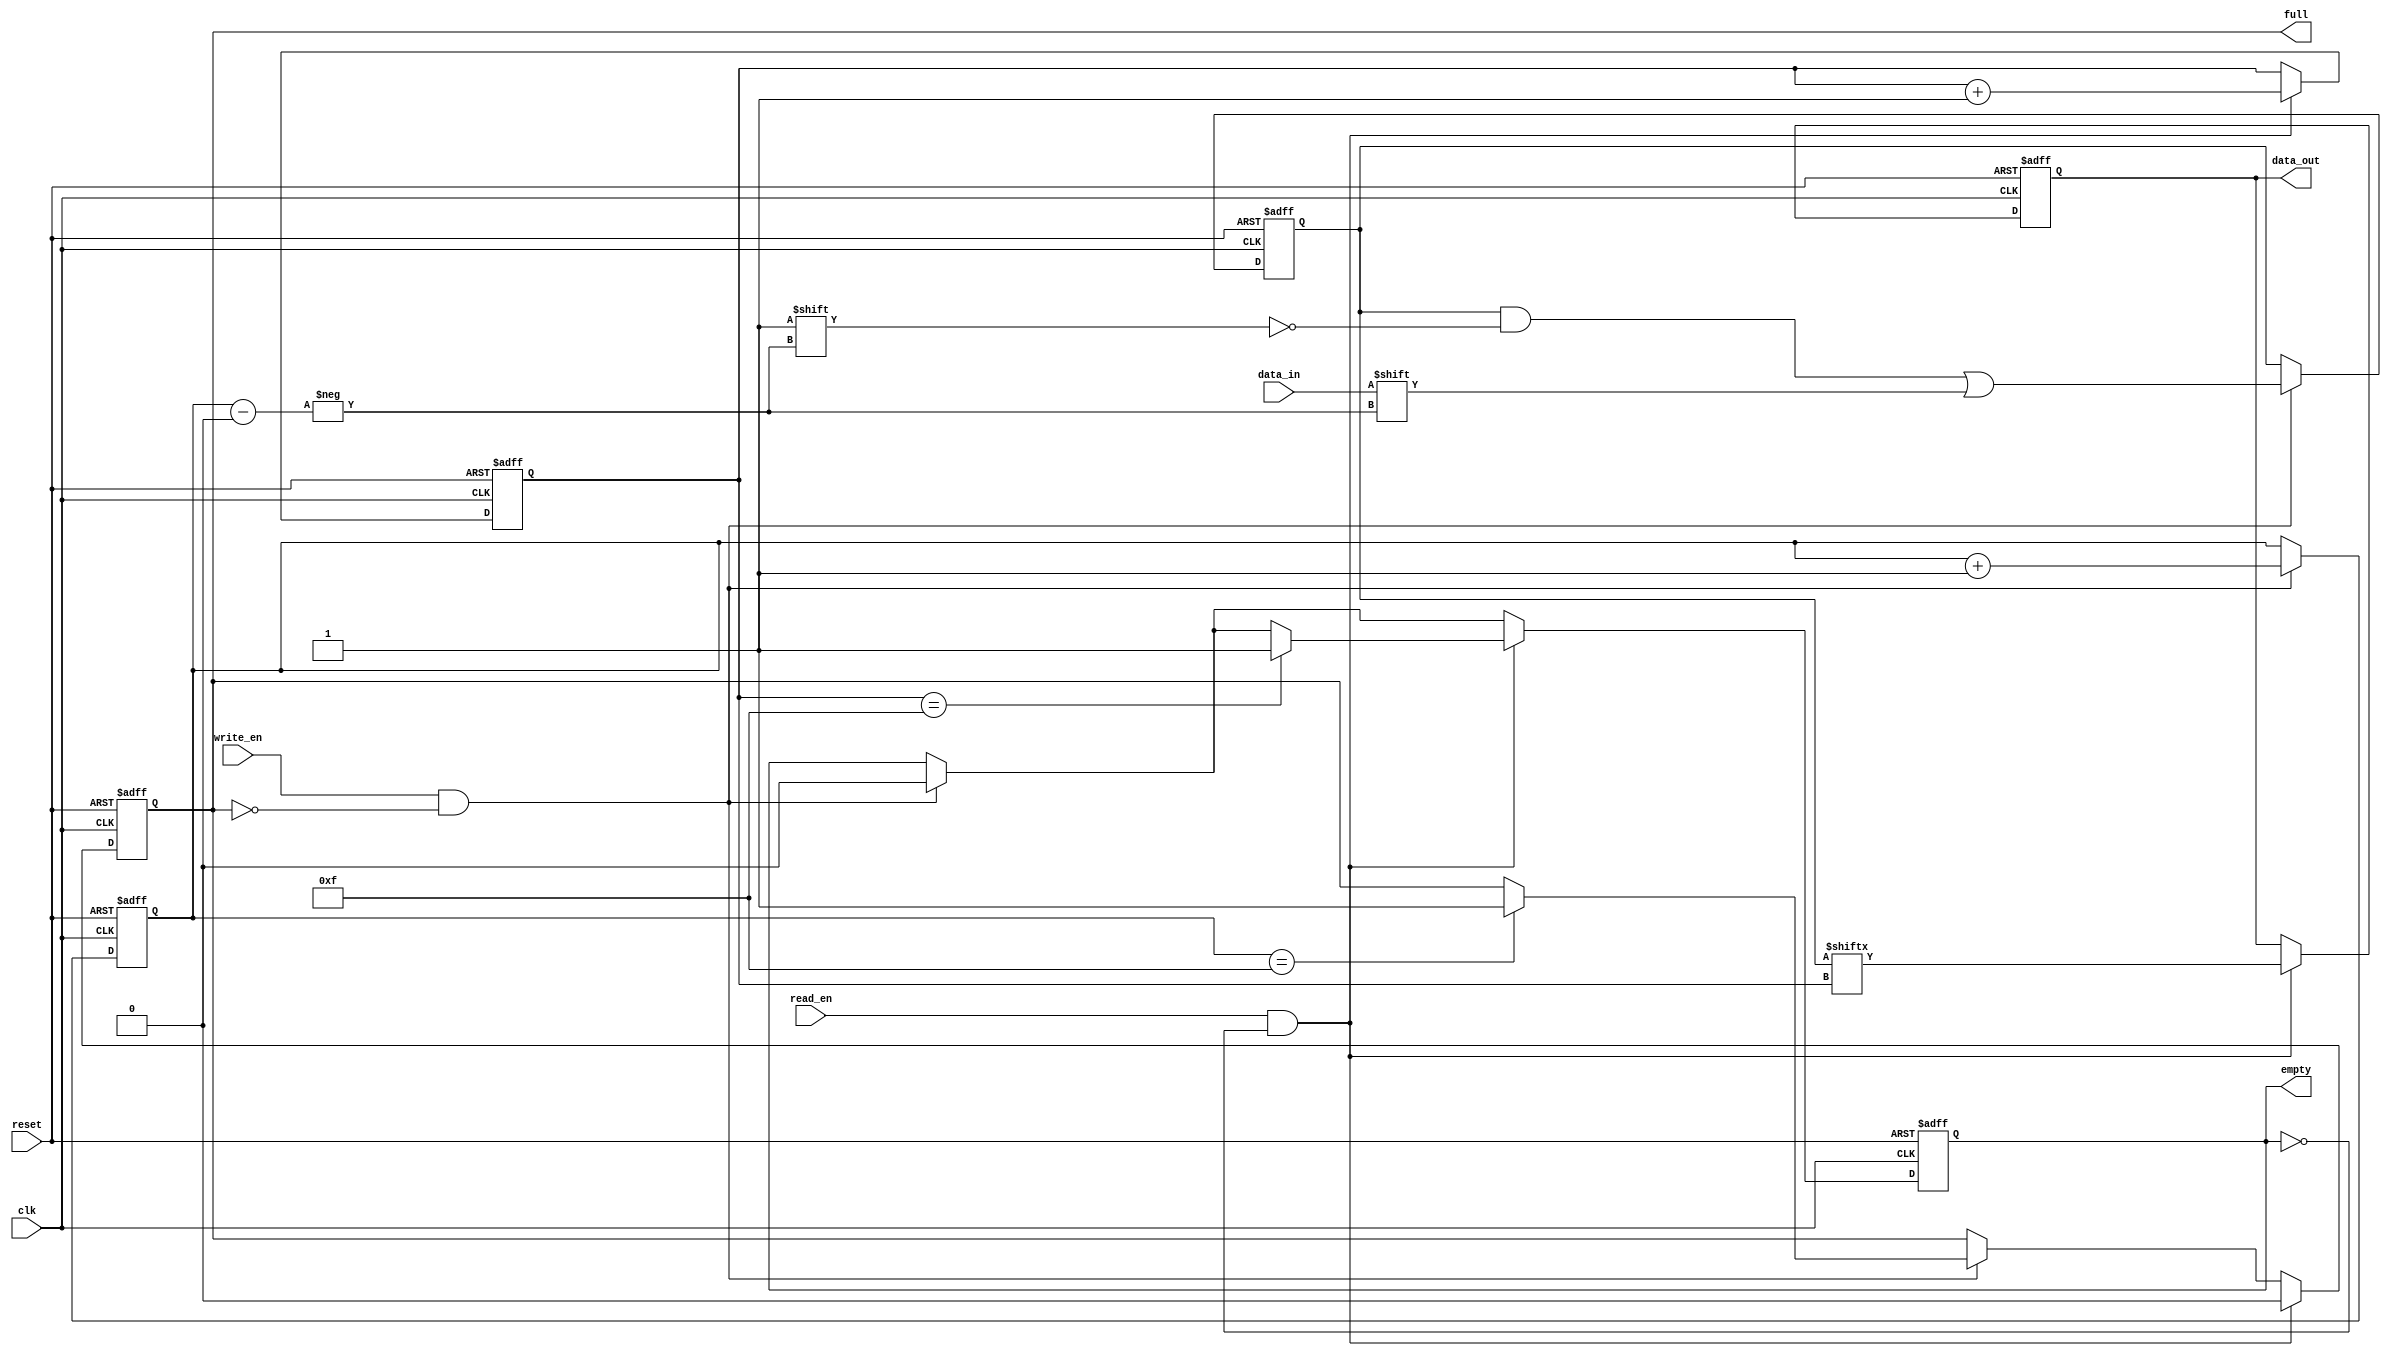
module bidirectional_fifo (
    input wire clk,
    input wire reset,
    input wire write_en,
    input wire read_en,
    input wire data_in,
    output reg data_out,
    output reg full,
    output reg empty
);

parameter FIFO_DEPTH = 16; // Depth of the FIFO

reg [FIFO_DEPTH-1:0] fifo; // FIFO data storage
reg [4:0] write_ptr; // Write pointer
reg [4:0] read_ptr; // Read pointer

always @(posedge clk or posedge reset) begin
    if (reset) begin
        fifo <= 0;
        write_ptr <= 0;
        read_ptr <= 0;
        full <= 0;
        empty <= 1;
        data_out <= 0;
    end else begin
        if (write_en && !full) begin
            fifo[write_ptr] <= data_in;
            write_ptr <= write_ptr + 1;
            if (write_ptr == FIFO_DEPTH-1) begin
                full <= 1;
            end
            empty <= 0;
        end
        
        if (read_en && !empty) begin
            data_out <= fifo[read_ptr];
            read_ptr <= read_ptr + 1;
            if (read_ptr == FIFO_DEPTH-1) begin
                empty <= 1;
            end
            full <= 0;
        end
    end
end

endmodule